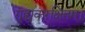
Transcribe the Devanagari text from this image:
गुह्यकरक्षितम्।